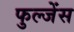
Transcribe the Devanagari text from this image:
फुल्जेंस